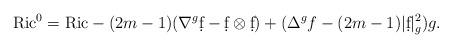
LaTeX: \begin{align*}\mathrm{Ric}^0=\mathrm{Ric}-(2m-1)(\nabla^g\d f-\d f\otimes\d f)+(\Delta^g f-(2m-1)|\d f|_g^2)g.\end{align*}